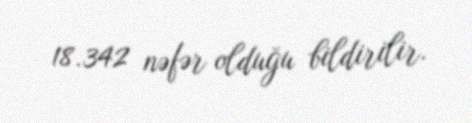
18.342 nəfər olduğu bildirilir.